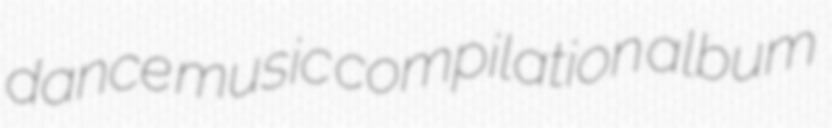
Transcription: dance music compilation album